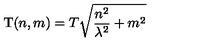
\mathrm { T } ( n , m ) = T \sqrt { \frac { n ^ { 2 } } { \lambda ^ { 2 } } + m ^ { 2 } }